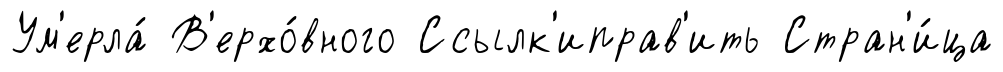
Ум'ерла́ В'ерхо́вного Ссылк'иправ'ить Стран'и́ца